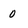
Character: 0